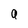
Character: a